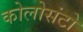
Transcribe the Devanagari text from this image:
कोलोसंटो